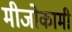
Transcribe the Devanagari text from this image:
मीजोकामी